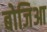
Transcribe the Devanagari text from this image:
बोजिआ